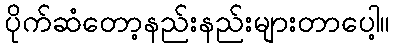
ပိုက်ဆံတော့နည်းနည်းများတာပေါ့။